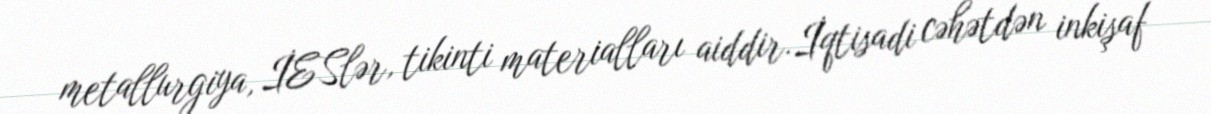
metallurgiya, İESlər, tikinti materialları aiddir.İqtisadi cəhətdən inkişaf